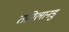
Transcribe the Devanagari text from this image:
तमिलानडु